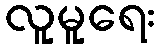
လူမူရေး